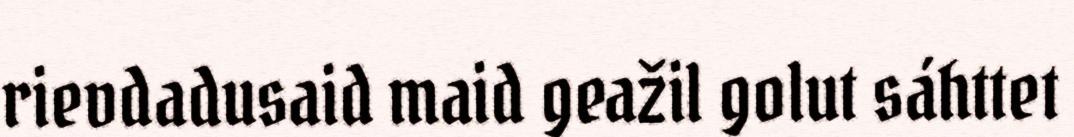
rievdadusaid maid geažil golut sáhttet